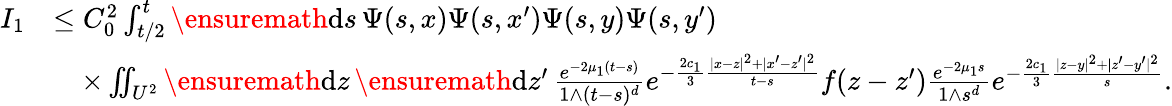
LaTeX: \begin{array}{rl}{I_{1}}&{\le C_{0}^{2}\int_{t/2}^{t}\ensuremath{\mathrm{d}}s\, \Psi(s,x)\Psi(s,x^{\prime})\Psi(s,y)\Psi(s,y^{\prime})}\\ &{\quad\times\iint_{U^{2}}\ensuremath{\mathrm{d}}z\, \ensuremath{\mathrm{d}}z^{\prime}\, \frac{e^{-2\mu_{1}(t-s)}}{1\wedge(t-s)^{d}}e^{-\frac{2c_{1}}{3}\frac{|x-z|^{2}+|x^{\prime}-z^{\prime}|^{2}}{t-s}}f(z-z^{\prime})\frac{e^{-2\mu_{1}s}}{1\wedge s^{d}}e^{-\frac{2c_{1}}{3}\frac{|z-y|^{2}+|z^{\prime}-y^{\prime}|^{2}}{s}}.}\end{array}